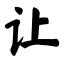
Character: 让